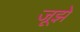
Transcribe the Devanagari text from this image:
जूझे